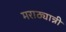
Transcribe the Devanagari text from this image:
मराठ्यान्नी